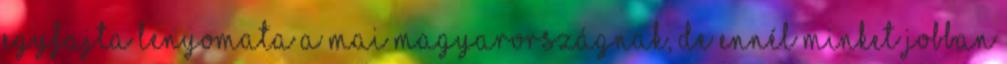
egyfajta lenyomata a mai Magyarországnak, de ennél minket jobban